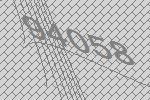
94058